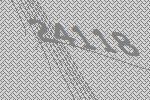
24118